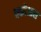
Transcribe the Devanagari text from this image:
वकोआस